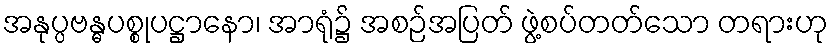
အနုပ္ပဗန္ဓပစ္စုပဋ္ဌာနော၊ အာရုံ၌ အစဉ်အပြတ် ဖွဲ့စပ်တတ်သော တရားဟု